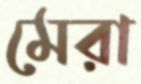
মেরা